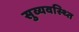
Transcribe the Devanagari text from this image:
सुव्यवस्थ्ति